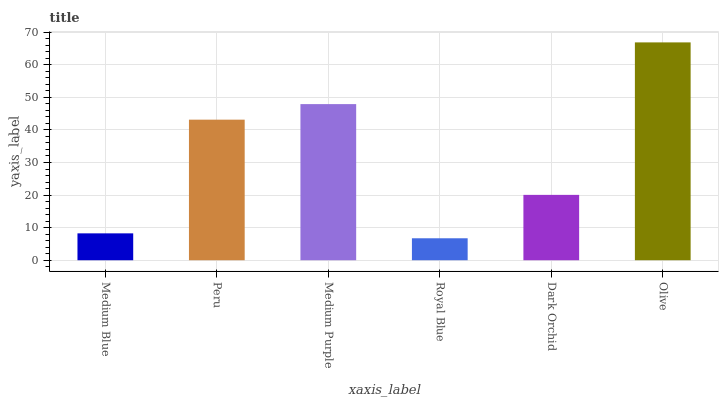
| xaxis_label | bars |
 | --- | --- |
 | Medium Blue | 8.25 |
 | Peru | 43.2 |
 | Medium Purple | 47.9 |
 | Royal Blue | 6.74 |
 | Dark Orchid | 20.1 |
 | Olive | 66.9 |